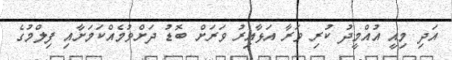
އަދި މިއީ އުއްމީދު ކުރި ވަރާ އަޅާއިރު ވަރަށް ބޮޑު ދަށްވުމެއްކަމަށާއި ފިލްމުގެ